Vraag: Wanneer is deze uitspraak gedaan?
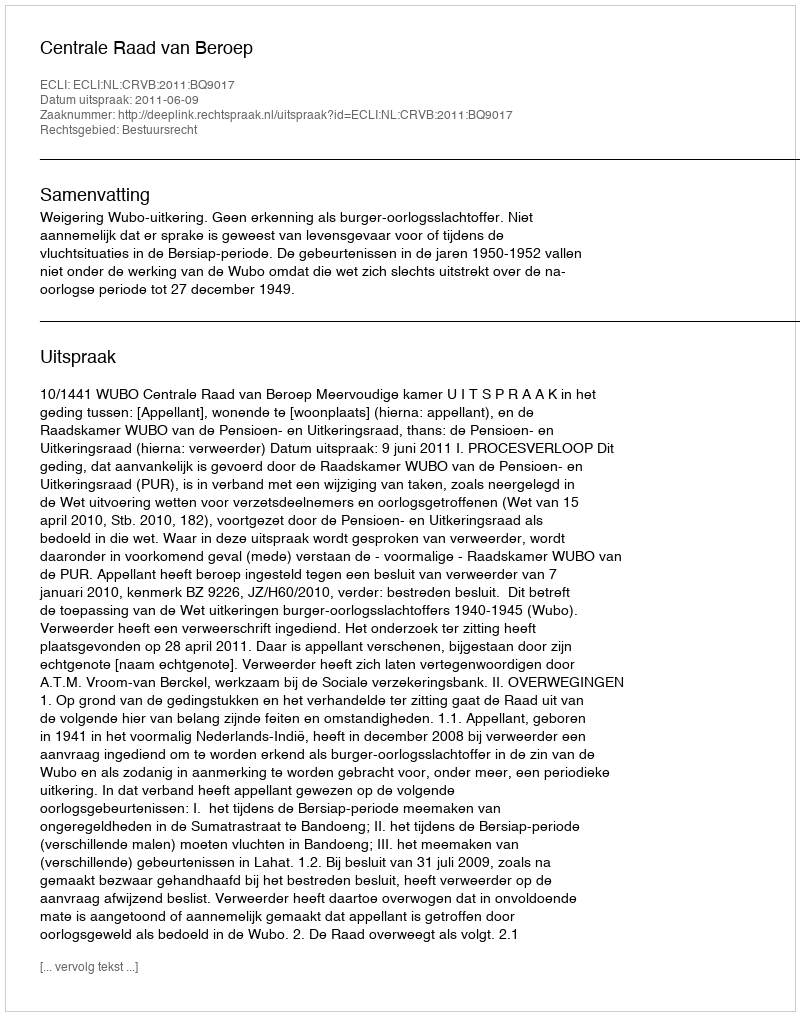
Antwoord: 2011-06-09